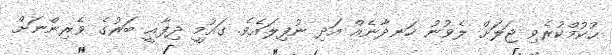
ޙުކުމްކުރެވި ޖަލަށް ލެވުނު ހަނދާނެއް އަދި ނުފިލައެވެ. ގައުމީ ދިފާޢީ ބަރުގެ ވެރިންނަށް